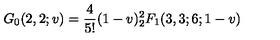
G _ { 0 } ( 2 , 2 ; v ) = \frac { 4 } { 5 ! } ( 1 - v ) ^ { 2 } _ { 2 } F _ { 1 } ( 3 , 3 ; 6 ; 1 - v )